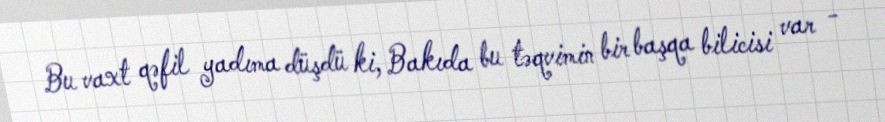
Bu vaxt qəfil yadıma düşdü ki, Bakıda bu təqvimin bir başqa bilicisi var -